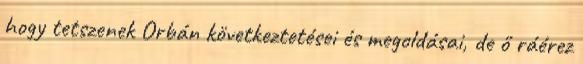
hogy tetszenek Orbán következtetései és megoldásai, de ő ráérez